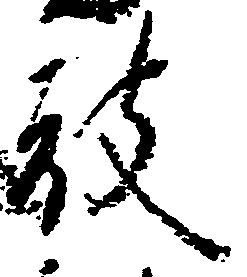
被